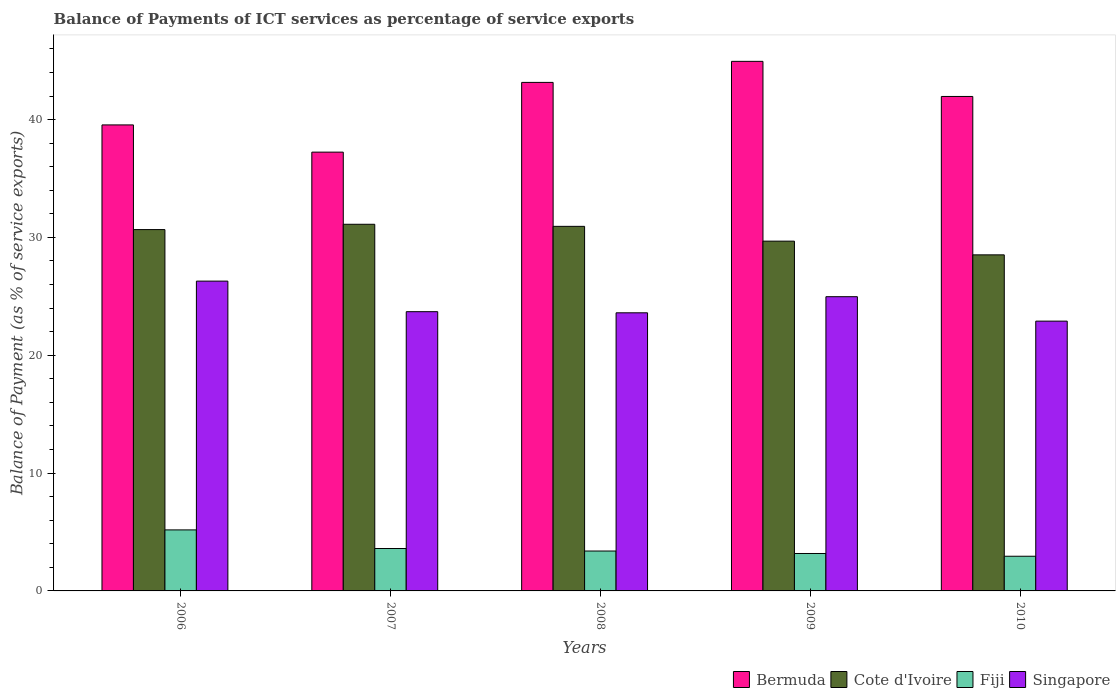
| Years | Bermuda | Cote d'Ivoire | Fiji | Singapore |
 | --- | --- | --- | --- | --- |
 | 2006 | 39.5 | 30.7 | 5.18 | 26.3 |
 | 2007 | 37.2 | 31.1 | 3.6 | 23.7 |
 | 2008 | 43.2 | 30.9 | 3.39 | 23.6 |
 | 2009 | 44.9 | 29.7 | 3.18 | 25 |
 | 2010 | 42 | 28.5 | 2.94 | 22.9 |